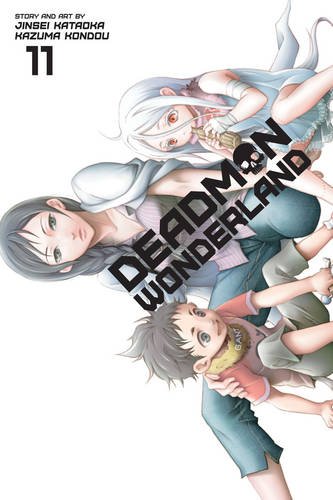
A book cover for Deadman Wonderland, Vol. 11; Jinsei Kataoka; Comics & Graphic Novels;